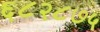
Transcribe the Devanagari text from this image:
६८२८७५